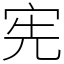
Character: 宪